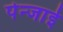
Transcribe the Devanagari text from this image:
पेन्जाई